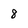
Character: 8